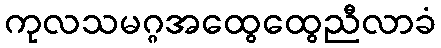
ကုလသမဂ္ဂအထွေထွေညီလာခံ